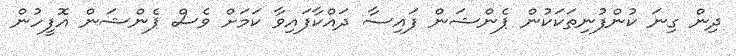
ދިން ގިނަ ކުންފުނިތަކަކުން ޕެންޝަން ފައިސާ ދައްކާފައިވާ ކަމަށް ވެސް ޕެންޝަން އޮފީހުން